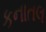
કનાતલ